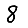
Digit: 8